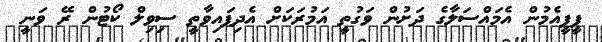
ޕީޕީއެމުން އެމައްސަލާގެ ދަށުން ވަގުތީ އަމުރަކަށް އެދިފައިވާތީ ސިވިލް ކޯޓުން ރޭ ވަނީ